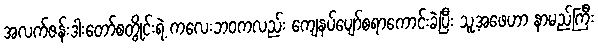
အလက်ဇန်းဒါးတော်စတွိုင်းရဲ့ ကလေးဘဝကလည်း ကျေနပ်ပျော်စရာကောင်းခဲ့ပြီး သူ့အဖေဟာ နာမည်ကြီး